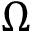
\Omega